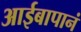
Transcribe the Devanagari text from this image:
आईबापानं